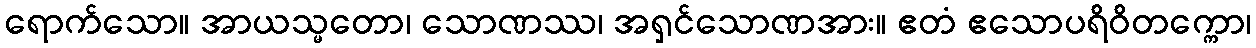
ရောက်သော။ အာယသ္မတော၊ သောဏဿ၊ အရှင်သောဏအား။ ဧတံ ဧသောပရိဝိတက္ကော၊